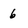
Character: 6